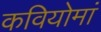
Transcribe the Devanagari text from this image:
कवियोमां